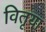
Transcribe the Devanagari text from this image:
वितृया